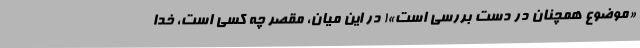
«موضوع همچنان در دست بررسی است»! در این میان، مقصر چه کسی است، خدا